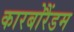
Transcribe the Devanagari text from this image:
कारबोरैंडम